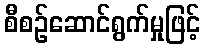
စီစဉ်ဆောင်ရွက်မှုဖြင့်